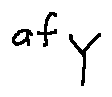
a f _ { Y }